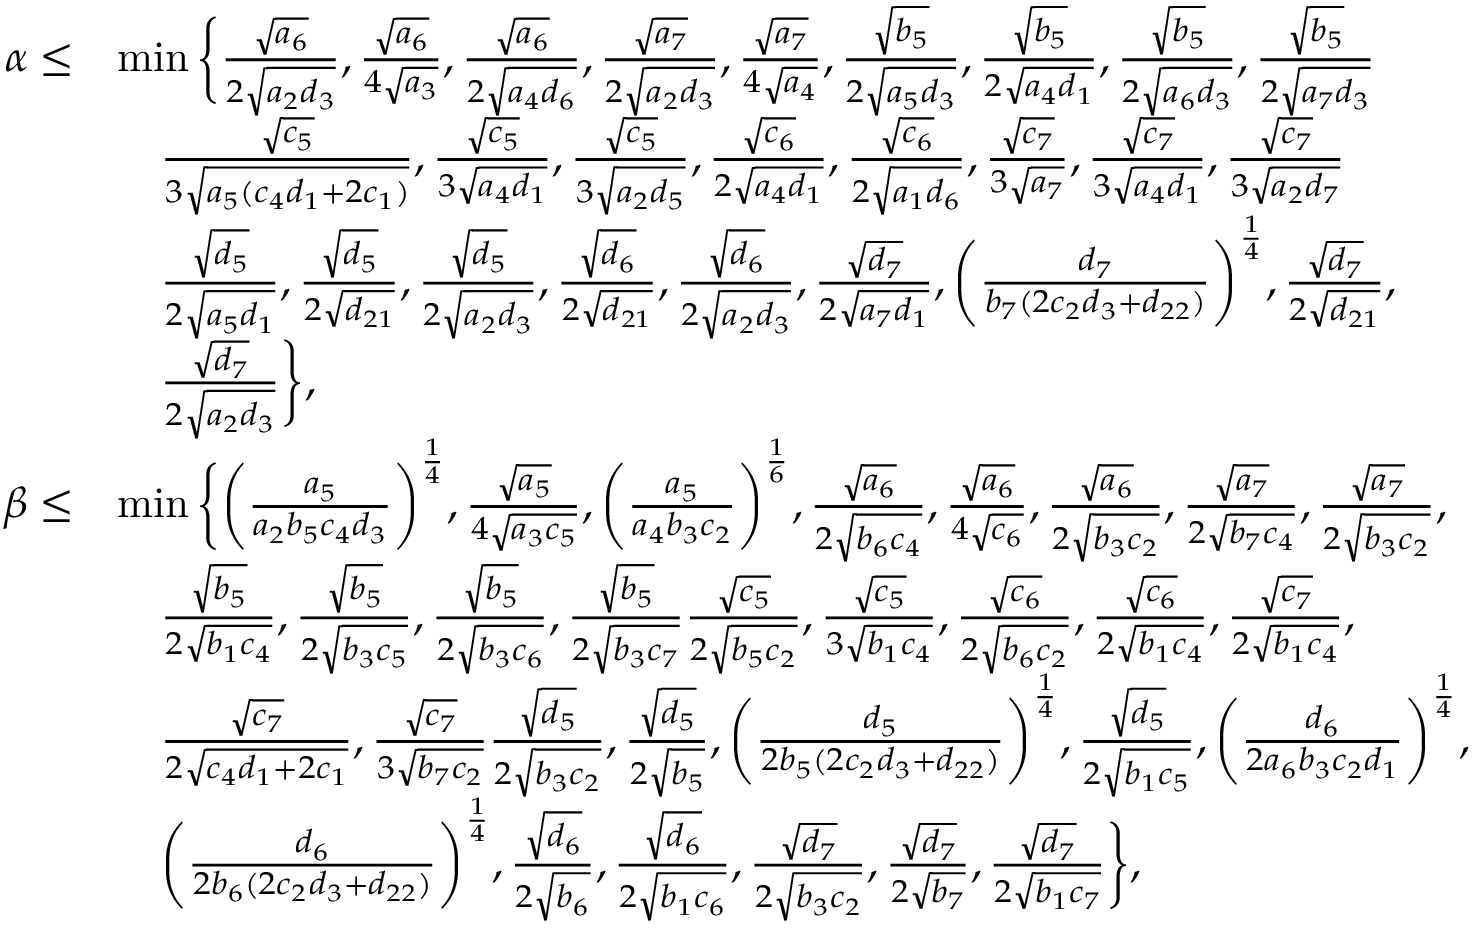
\begin{array} { r l } { \alpha \leq } & { \operatorname* { m i n } \bigg \{ \frac { \sqrt { a _ { 6 } } } { 2 \sqrt { a _ { 2 } d _ { 3 } } } , \frac { \sqrt { a _ { 6 } } } { 4 \sqrt { a _ { 3 } } } , \frac { \sqrt { a _ { 6 } } } { 2 \sqrt { a _ { 4 } d _ { 6 } } } , \frac { \sqrt { a _ { 7 } } } { 2 \sqrt { a _ { 2 } d _ { 3 } } } , \frac { \sqrt { a _ { 7 } } } { 4 \sqrt { a _ { 4 } } } , \frac { \sqrt { b _ { 5 } } } { 2 \sqrt { a _ { 5 } d _ { 3 } } } , \frac { \sqrt { b _ { 5 } } } { 2 \sqrt { a _ { 4 } d _ { 1 } } } , \frac { \sqrt { b _ { 5 } } } { 2 \sqrt { a _ { 6 } d _ { 3 } } } , \frac { \sqrt { b _ { 5 } } } { 2 \sqrt { a _ { 7 } d _ { 3 } } } } \\ & { ~ ~ ~ \frac { \sqrt { c _ { 5 } } } { 3 \sqrt { a _ { 5 } ( c _ { 4 } d _ { 1 } + 2 c _ { 1 } ) } } , \frac { \sqrt { c _ { 5 } } } { 3 \sqrt { a _ { 4 } d _ { 1 } } } , \frac { \sqrt { c _ { 5 } } } { 3 \sqrt { a _ { 2 } d _ { 5 } } } , \frac { \sqrt { c _ { 6 } } } { 2 \sqrt { a _ { 4 } d _ { 1 } } } , \frac { \sqrt { c _ { 6 } } } { 2 \sqrt { a _ { 1 } d _ { 6 } } } , \frac { \sqrt { c _ { 7 } } } { 3 \sqrt { a _ { 7 } } } , \frac { \sqrt { c _ { 7 } } } { 3 \sqrt { a _ { 4 } d _ { 1 } } } , \frac { \sqrt { c _ { 7 } } } { 3 \sqrt { a _ { 2 } d _ { 7 } } } } \\ & { ~ ~ ~ \frac { \sqrt { d _ { 5 } } } { 2 \sqrt { a _ { 5 } d _ { 1 } } } , \frac { \sqrt { d _ { 5 } } } { 2 \sqrt { d _ { 2 1 } } } , \frac { \sqrt { d _ { 5 } } } { 2 \sqrt { a _ { 2 } d _ { 3 } } } , \frac { \sqrt { d _ { 6 } } } { 2 \sqrt { d _ { 2 1 } } } , \frac { \sqrt { d _ { 6 } } } { 2 \sqrt { a _ { 2 } d _ { 3 } } } , \frac { \sqrt { d _ { 7 } } } { 2 \sqrt { a _ { 7 } d _ { 1 } } } , \bigg ( \frac { d _ { 7 } } { b _ { 7 } ( 2 c _ { 2 } d _ { 3 } + d _ { 2 2 } ) } \bigg ) ^ { \frac { 1 } { 4 } } , \frac { \sqrt { d _ { 7 } } } { 2 \sqrt { d _ { 2 1 } } } , } \\ & { ~ ~ ~ \frac { \sqrt { d _ { 7 } } } { 2 \sqrt { a _ { 2 } d _ { 3 } } } \bigg \} , } \\ { \beta \leq } & { \operatorname* { m i n } \bigg \{ \bigg ( \frac { a _ { 5 } } { a _ { 2 } b _ { 5 } c _ { 4 } d _ { 3 } } \bigg ) ^ { \frac { 1 } { 4 } } , \frac { \sqrt { a _ { 5 } } } { 4 \sqrt { a _ { 3 } c _ { 5 } } } , \bigg ( \frac { a _ { 5 } } { a _ { 4 } b _ { 3 } c _ { 2 } } \bigg ) ^ { \frac { 1 } { 6 } } , \frac { \sqrt { a _ { 6 } } } { 2 \sqrt { b _ { 6 } c _ { 4 } } } , \frac { \sqrt { a _ { 6 } } } { 4 \sqrt { c _ { 6 } } } , \frac { \sqrt { a _ { 6 } } } { 2 \sqrt { b _ { 3 } c _ { 2 } } } , \frac { \sqrt { a _ { 7 } } } { 2 \sqrt { b _ { 7 } c _ { 4 } } } , \frac { \sqrt { a _ { 7 } } } { 2 \sqrt { b _ { 3 } c _ { 2 } } } , } \\ & { ~ ~ ~ \frac { \sqrt { b _ { 5 } } } { 2 \sqrt { b _ { 1 } c _ { 4 } } } , \frac { \sqrt { b _ { 5 } } } { 2 \sqrt { b _ { 3 } c _ { 5 } } } , \frac { \sqrt { b _ { 5 } } } { 2 \sqrt { b _ { 3 } c _ { 6 } } } , \frac { \sqrt { b _ { 5 } } } { 2 \sqrt { b _ { 3 } c _ { 7 } } } \frac { \sqrt { c _ { 5 } } } { 2 \sqrt { b _ { 5 } c _ { 2 } } } , \frac { \sqrt { c _ { 5 } } } { 3 \sqrt { b _ { 1 } c _ { 4 } } } , \frac { \sqrt { c _ { 6 } } } { 2 \sqrt { b _ { 6 } c _ { 2 } } } , \frac { \sqrt { c _ { 6 } } } { 2 \sqrt { b _ { 1 } c _ { 4 } } } , \frac { \sqrt { c _ { 7 } } } { 2 \sqrt { b _ { 1 } c _ { 4 } } } , } \\ & { ~ ~ ~ \frac { \sqrt { c _ { 7 } } } { 2 \sqrt { c _ { 4 } d _ { 1 } + 2 c _ { 1 } } } , \frac { \sqrt { c _ { 7 } } } { 3 \sqrt { b _ { 7 } c _ { 2 } } } \frac { \sqrt { d _ { 5 } } } { 2 \sqrt { b _ { 3 } c _ { 2 } } } , \frac { \sqrt { d _ { 5 } } } { 2 \sqrt { b _ { 5 } } } , \bigg ( \frac { d _ { 5 } } { 2 b _ { 5 } ( 2 c _ { 2 } d _ { 3 } + d _ { 2 2 } ) } \bigg ) ^ { \frac { 1 } { 4 } } , \frac { \sqrt { d _ { 5 } } } { 2 \sqrt { b _ { 1 } c _ { 5 } } } , \bigg ( \frac { d _ { 6 } } { 2 a _ { 6 } b _ { 3 } c _ { 2 } d _ { 1 } } \bigg ) ^ { \frac { 1 } { 4 } } , } \\ & { ~ ~ ~ \bigg ( \frac { d _ { 6 } } { 2 b _ { 6 } ( 2 c _ { 2 } d _ { 3 } + d _ { 2 2 } ) } \bigg ) ^ { \frac { 1 } { 4 } } , \frac { \sqrt { d _ { 6 } } } { 2 \sqrt { b _ { 6 } } } , \frac { \sqrt { d _ { 6 } } } { 2 \sqrt { b _ { 1 } c _ { 6 } } } , \frac { \sqrt { d _ { 7 } } } { 2 \sqrt { b _ { 3 } c _ { 2 } } } , \frac { \sqrt { d _ { 7 } } } { 2 \sqrt { b _ { 7 } } } , \frac { \sqrt { d _ { 7 } } } { 2 \sqrt { b _ { 1 } c _ { 7 } } } \bigg \} , } \end{array}